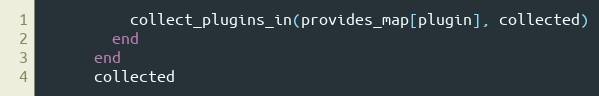
Language: Ruby
          collect_plugins_in(provides_map[plugin], collected)
        end
      end
      collected